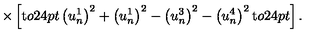
\times \left[ \mathrm { t } o 2 4 p t { } \left( u _ { n } ^ { 1 } \right) ^ { 2 } + \left( u _ { n } ^ { 1 } \right) ^ { 2 } - \left( u _ { n } ^ { 3 } \right) ^ { 2 } - \left( u _ { n } ^ { 4 } \right) ^ { 2 } \mathrm { t } o 2 4 p t { } \right] .